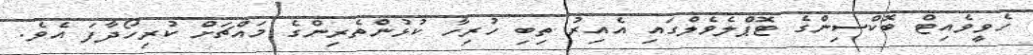
ހެވީވެއިޓް ބޮކްސިންގެ ޓޮޕްލެވެލްގަައި އެއިރު ތިބި ހުރިހާ ކުޅުންތެރިންގެ މައްޗަށް ކުރިހޯދާފަ އެވެ.